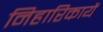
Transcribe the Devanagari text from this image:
निहारिकायें